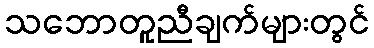
သဘောတူညီချက်များတွင်